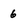
Character: 6